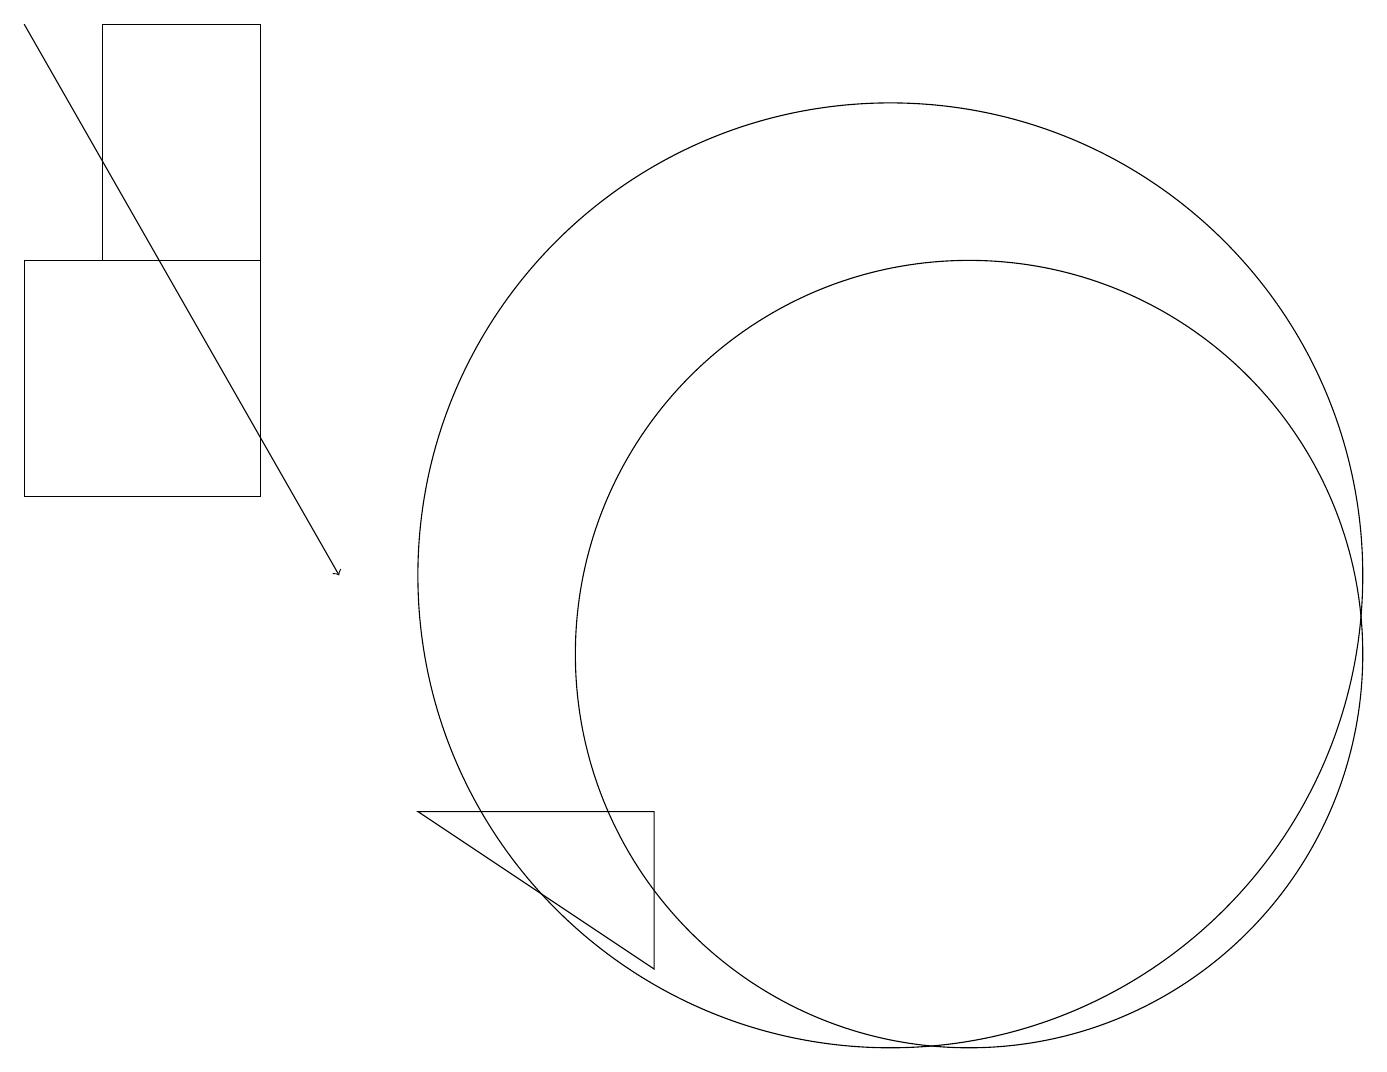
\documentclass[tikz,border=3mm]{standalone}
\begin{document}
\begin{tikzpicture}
\draw (11,11) circle (6);
\draw[->] (0,18) -- (4,11);
\draw (0,12) rectangle (3,15);
\draw (1,18) rectangle (3,15);
\draw (5,8) -- (8,8) -- (8,6) -- cycle;
\draw (12,10) circle (5);
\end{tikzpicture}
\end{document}